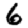
Digit: 6